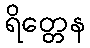
ရိတ္တေန